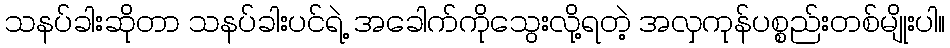
သနပ်ခါးဆိုတာ သနပ်ခါးပင်ရဲ့ အခေါက်ကိုသွေးလို့ရတဲ့ အလှကုန်ပစ္စည်းတစ်မျိုးပါ။